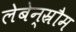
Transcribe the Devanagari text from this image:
लेबेन्स्रौम